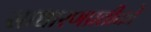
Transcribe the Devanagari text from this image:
साधारणप्रतीकों